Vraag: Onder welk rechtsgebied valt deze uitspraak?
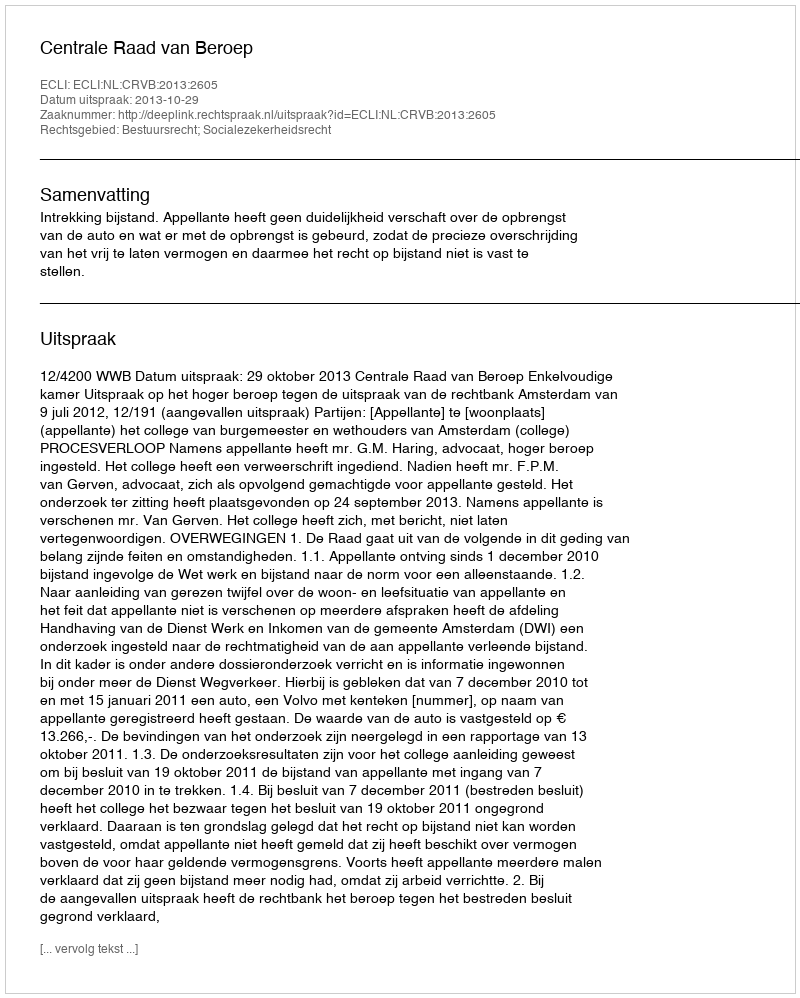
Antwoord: Bestuursrecht; Socialezekerheidsrecht